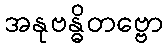
အနုဗန္ဓိတဗ္ဗော